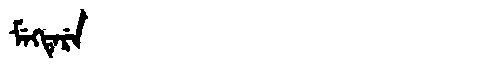
Manchu: ᠮᡝᡴᡨᡝᡵᡝ
Romanization: MEKTERE